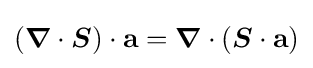
({\boldsymbol {\nabla }}\cdot {\boldsymbol {S}})\cdot \mathbf {a} ={\boldsymbol {\nabla }}\cdot ({\boldsymbol {S}}\cdot \mathbf {a} )